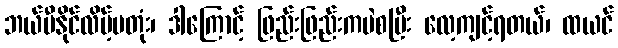
ဘယ်မီနိုင်လိမ့်မတုံး၊ ဒါကြောင့် ဖြည်းဖြည်းကပဲစပြီး လေ့ကျင့်ရတယ်၊ ထယင်